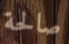
صالحة